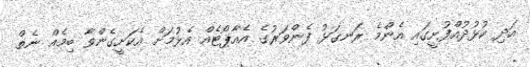
އަދި ކުޅުދުއްފުށީގައި އެންމެ ރަނގަޅު ފެންވަރުގެ އެއާޕޯޓެއް އެޅުމަށް އެކަށީގެންވާ ބިމެއް ނެތް